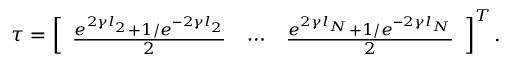
\boldsymbol { \tau } = \left[ \begin{array} { l l l } { \frac { e ^ { 2 \gamma l _ { 2 } } + 1 / e ^ { - 2 \gamma l _ { 2 } } } { 2 } } & { \cdots } & { \frac { e ^ { 2 \gamma l _ { N } } + 1 / e ^ { - 2 \gamma l _ { N } } } { 2 } } \end{array} \right] ^ { T } .